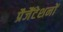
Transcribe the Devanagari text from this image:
प्रैजैंटेशनों